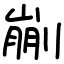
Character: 剻